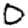
Digit: 0